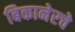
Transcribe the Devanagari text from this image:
बिकानेरचे